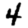
Digit: 4